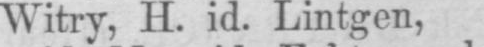
Witry, H. id. Lintgen,